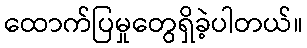
ထောက်ပြမှုတွေရှိခဲ့ပါတယ်။